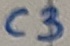
Text: C3